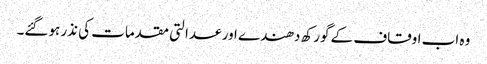
وہ اب اوقاف کے گورکھ دھندے اور عدالتی مقدمات کی نذر ہوگئے۔